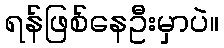
ရန်ဖြစ်နေဦးမှာပဲ။